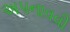
અ૫નાવવી